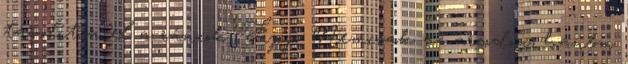
távolítsa el a ráncok. Tipp: Nemcsak az arcodon, hanem